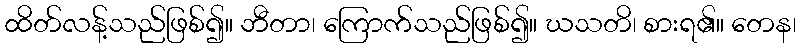
ထိတ်လန့်သည်ဖြစ်၍။ ဘီတာ၊ ကြောက်သည်ဖြစ်၍။ ဃသတိ၊ စားရ၏။ တေန၊